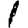
Digit: 1